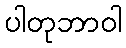
ပါတုဘာဝါ